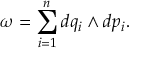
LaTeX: \omega = \sum _ { i = 1 } ^ { n } d q _ { i } \wedge d p _ { i } .